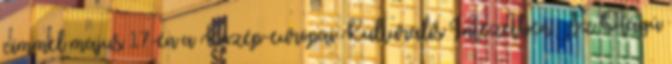
címmel május 17-én a Közép-európai Kulturális Intézetben. Az Ötágú